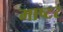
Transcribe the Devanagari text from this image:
माष्टर